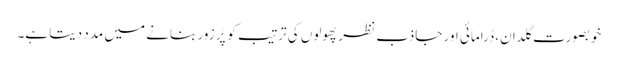
خوبصورت گلدان، ڈرامائی اور جاذبِ نظر پھولوں کی ترتیب کو پُر زور بنانے میں مدد دیتا ہے۔